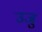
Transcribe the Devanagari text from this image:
उजु